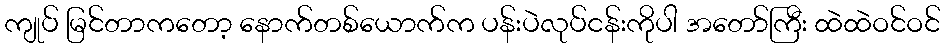
ကျုပ် မြင်တာကတော့ နောက်တစ်ယောက်က ပန်းပဲလုပ်ငန်းကိုပါ အတော်ကြီး ထဲထဲဝင်ဝင်